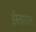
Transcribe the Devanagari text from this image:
ईस्तमाल